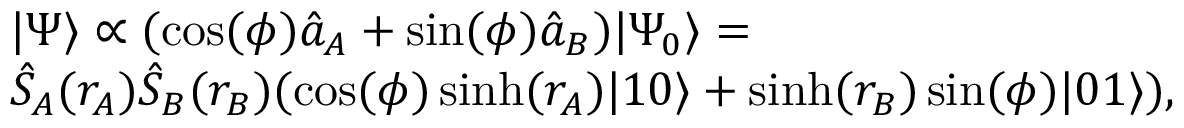
\begin{array} { r l } & { \vert \Psi \rangle \propto ( \cos ( \phi ) \hat { a } _ { A } + \sin ( \phi ) \hat { a } _ { B } ) \vert \Psi _ { 0 } \rangle = } \\ & { \hat { S } _ { A } ( r _ { A } ) \hat { S } _ { B } ( r _ { B } ) ( \cos ( \phi ) \sinh ( r _ { A } ) \vert 1 0 \rangle + \sinh ( r _ { B } ) \sin ( \phi ) \vert 0 1 \rangle ) , } \end{array}